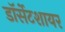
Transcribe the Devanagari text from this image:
डॉर्सेटशायर